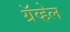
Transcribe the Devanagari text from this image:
ग्रॅव्हेल